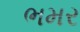
ભમર